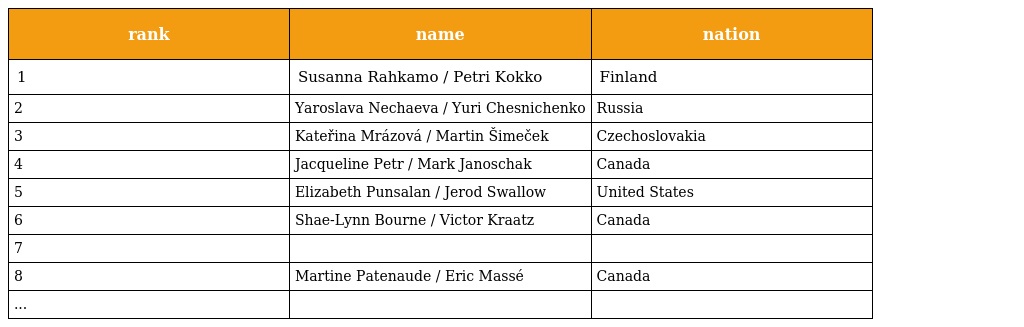
| rank | name | nation |
 | --- | --- | --- |
 | 1 | Susanna Rahkamo / Petri Kokko | Finland |
 | 2 | Yaroslava Nechaeva / Yuri Chesnichenko | Russia |
 | 3 | Kateřina Mrázová / Martin Šimeček | Czechoslovakia |
 | 4 | Jacqueline Petr / Mark Janoschak | Canada |
 | 5 | Elizabeth Punsalan / Jerod Swallow | United States |
 | 6 | Shae-Lynn Bourne / Victor Kraatz | Canada |
 | 7 |  |  |
 | 8 | Martine Patenaude / Eric Massé | Canada |
 | ... |  |  |